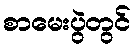
စာမေးပွဲတွင်